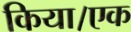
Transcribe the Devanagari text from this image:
किया।एक